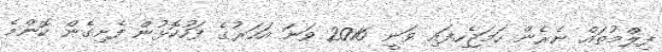
ފިލްމުތައް ނެރެން ހަމަޖެހިފައި ވަނީ 2016 ވަނަ އަހަރުގެ ފަހުކޮޅުން ފެށިގެން ކޮންމެ